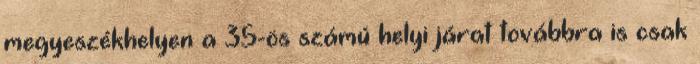
megyeszékhelyen a 35-ös számú helyi járat továbbra is csak